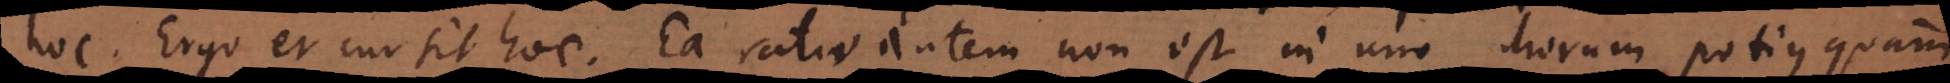
hoc. Ergo et cur sit hoc. Ea ratio autem non est in uno horum potius quam